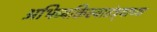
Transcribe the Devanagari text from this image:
अभिव्यक्तिस्वातंत्र्याच्या